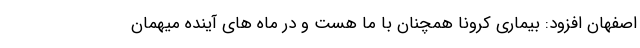
اصفهان افزود: بیماری کرونا همچنان با ما هست و در ماه های آینده میهمان